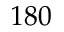
1 8 0